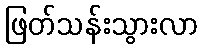
ဖြတ်သန်းသွားလာ